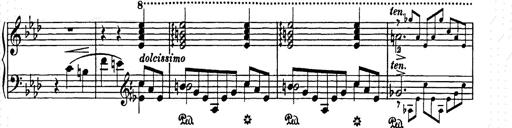
Title: Elegy No.1
Composer: Franz Liszt
Key: A-flat major